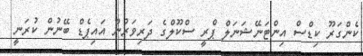
ކެންގަރޫ ކިޑްސް އިންޓަނޭޝަނަލް ޕްރީ ސްކޫލްގެ ދަރިވަރުން އައިޕެޑް ބޭނުން ކުރަނީ